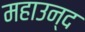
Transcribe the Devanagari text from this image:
महाउन्द